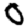
Digit: 0